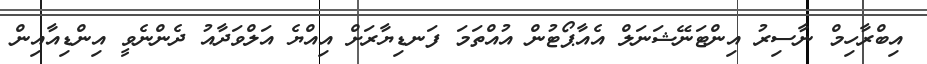
އިބްރާހިމް ނާސިރު އިންޓަނޭޝަނަލް އެއާޕޯޓުން އުއްތަމަ ފަނޑިޔާރަށް އިއްޔެ އަލްވަދާއު ދެންނެވީ އިންޑިއާއިން